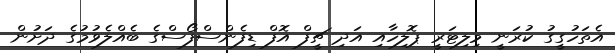
އެތަހުގީގު ކުރަނީ މިލިޓަރީ ޕޮލިހާއި އަދި ޗީފް އޮފް ޑިފެންސްފޯސްގެ ބެއްލެވުމުގެ ދަށުން